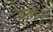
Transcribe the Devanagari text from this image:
डसेल